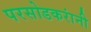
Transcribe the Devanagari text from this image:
परसोडकरांनी